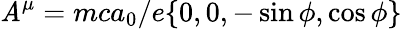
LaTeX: \mathit{A}^{\mu}=mca_{0}/e\{ 0,0,-\sin\phi,\cos\phi\}